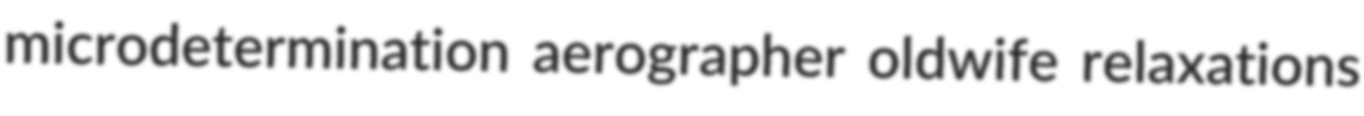
microdetermination aerographer oldwife relaxations